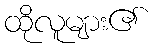
ထိုလူများ၏